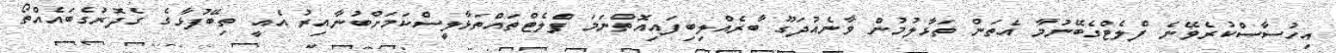
އިހުސާސްކުރެވޭނެ ފްލެޓްގެބޭނުމާ އެތަން ތަޅާލުމުން ވާނެއުދަގޫ ބާރެއްލިބިފައިއޮތްނަމަ ފްލެޓްތައްތަޅާލީސްކަމަށްބުނާއިރު އެއީ ތިބޭފުޅާގެ ގެދޮރުގެބައެއްތޯ